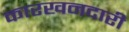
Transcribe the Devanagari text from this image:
कारखनदारी